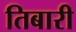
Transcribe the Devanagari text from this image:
तिबारी